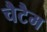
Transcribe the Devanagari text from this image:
चैटैम